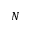
N